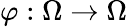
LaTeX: \varphi:\Omega\to\Omega